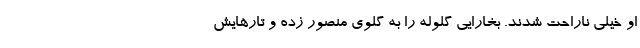
او خیلی ناراحت شدند. بخارایی گلوله را به گلوی منصور زده و تارهایش